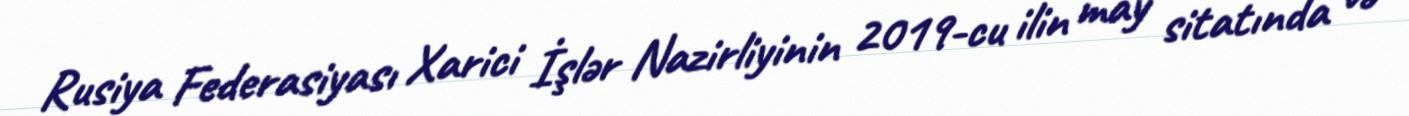
Rusiya Federasiyası Xarici İşlər Nazirliyinin 2019-cu ilin may sitatında və